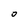
Character: 0